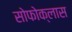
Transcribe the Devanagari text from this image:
सोफोक्लास